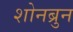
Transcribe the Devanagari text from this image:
शोनब्रुन